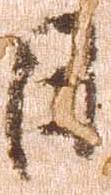
日